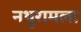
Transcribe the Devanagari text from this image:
नथुरामला